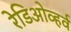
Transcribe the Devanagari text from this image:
रेडिओव्हर्व